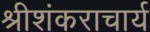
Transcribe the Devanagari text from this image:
श्रीशंकराचार्य